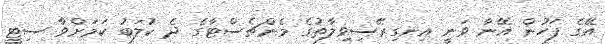
އޭގެ ފަހުން އޭނާ ވަނީ އިނގިރޭސިވިލާތުގެ މެންޗެސްޓާގެ ދެ ކުލަބު ކަމަށްވާ ސިޓީ